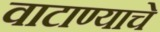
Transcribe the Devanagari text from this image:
वाटाण्याचे